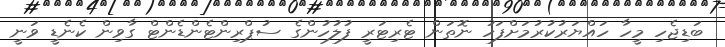
ބަޑިޖެހި މީހާ ހައްޔަރުކުރުމަށްފަހު ނޮތަން ޓެރިޓަރީ ފުލުހުންގެ ސުޕްރިންޓެންޑެންޓް ގާވިން ކެނެޑީ ވަނީ